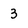
Character: 3